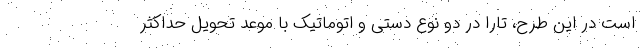
است در این طرح، تارا در دو نوع دستی و اتوماتیک با موعد تحویل حداکثر